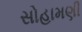
સોહામણી